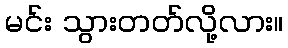
မင်း သွားတတ်လို့လား။